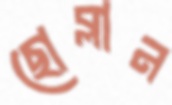
ছোব্‌লান